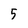
Character: 5